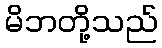
မိဘတို့သည်